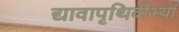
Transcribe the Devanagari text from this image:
द्यावापृथिवीभ्यां